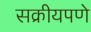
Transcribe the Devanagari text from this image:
सक्रीयपणे